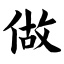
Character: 做